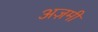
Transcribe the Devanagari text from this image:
अज़मी